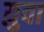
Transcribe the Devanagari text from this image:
य़ुवा